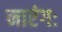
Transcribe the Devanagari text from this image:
नारंगः